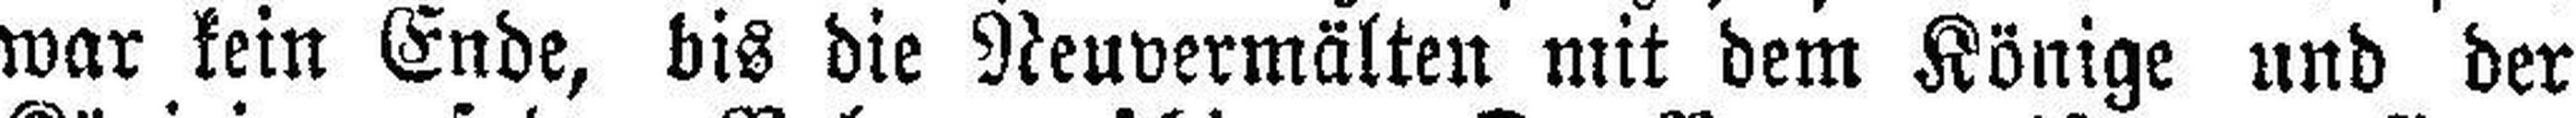
war kein Ende, bis die Neuvermälten mit dem Könige und der